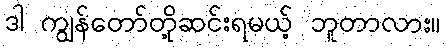
ဒါ ကျွန်တော်တို့ဆင်းရမယ့် ဘူတာလား။